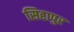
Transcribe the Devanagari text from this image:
सिद्दापुर